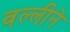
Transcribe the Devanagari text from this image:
वल्लीने